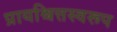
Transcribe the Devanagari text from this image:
प्रायश्चित्तस्वरूप